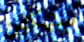
سيكون